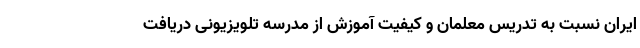
ایران نسبت به تدریس معلمان و کیفیت آموزش از مدرسه تلویزیونی دریافت